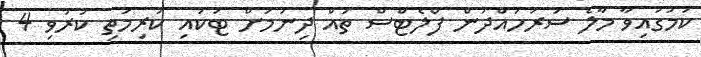
ކަމުގައިވާ މާލެ ސަރަހައްދުން ފްލެޓްސް ތައް ދިނުމަށް ޓަކަައި ކުރިމަތި ކުރުވި 4